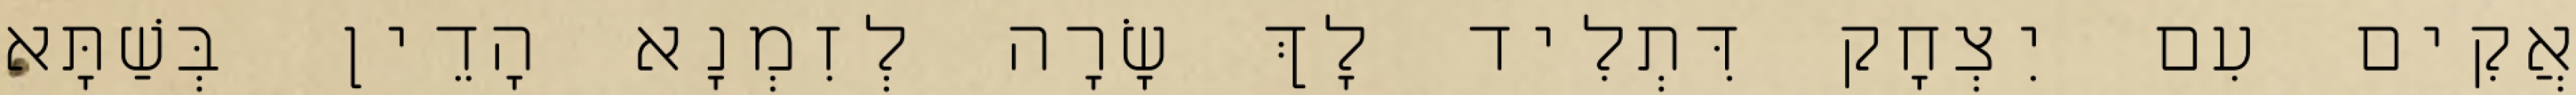
אֲקִים עִם יִצְחָק דִּתְלִיד לָךְ שָׂרָה לְזִמְנָא הָדֵין בְּשַׁתָּא